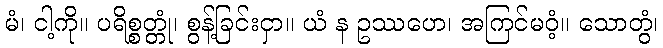
မံ၊ ငါ့ကို။ ပရိစ္စတ္တုံ၊ စွန့်ခြင်းငှာ။ ယံ န ဥဿဟေ၊ အကြင်မဝံ့။ သောတွံ၊